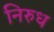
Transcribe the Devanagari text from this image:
निरुध